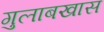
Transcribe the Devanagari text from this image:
गुलाबखास